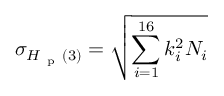
\sigma _ { H _ { \mathrm { ~ p ~ } } ( 3 ) } = \sqrt { \sum _ { i = 1 } ^ { 1 6 } k _ { i } ^ { 2 } N _ { i } }